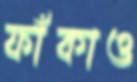
ফাঁকাও